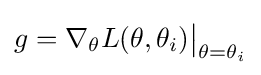
g=\nabla _{\theta }L(\theta ,\theta _{i}){\big |}_{\theta =\theta _{i}}